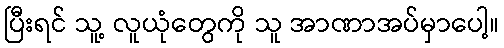
ပြီးရင် သူ့ လူယုံတွေကို သူ အာဏာအပ်မှာပေါ့။